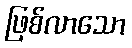
ဖြစ်လာသော